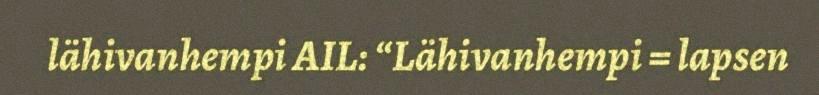
lähivanhempi AIL: “Lähivanhempi = lapsen